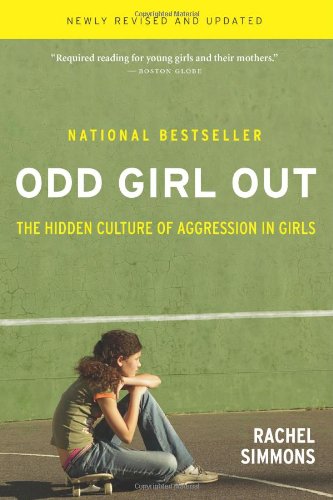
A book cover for Odd Girl Out: The Hidden Culture of Aggression in Girls; Rachel Simmons; Teen & Young Adult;